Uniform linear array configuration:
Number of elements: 16
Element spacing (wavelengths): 0.75
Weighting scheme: kaiser
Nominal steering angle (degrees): -45
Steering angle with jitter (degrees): -45.96
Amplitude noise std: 0.05
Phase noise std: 0.05

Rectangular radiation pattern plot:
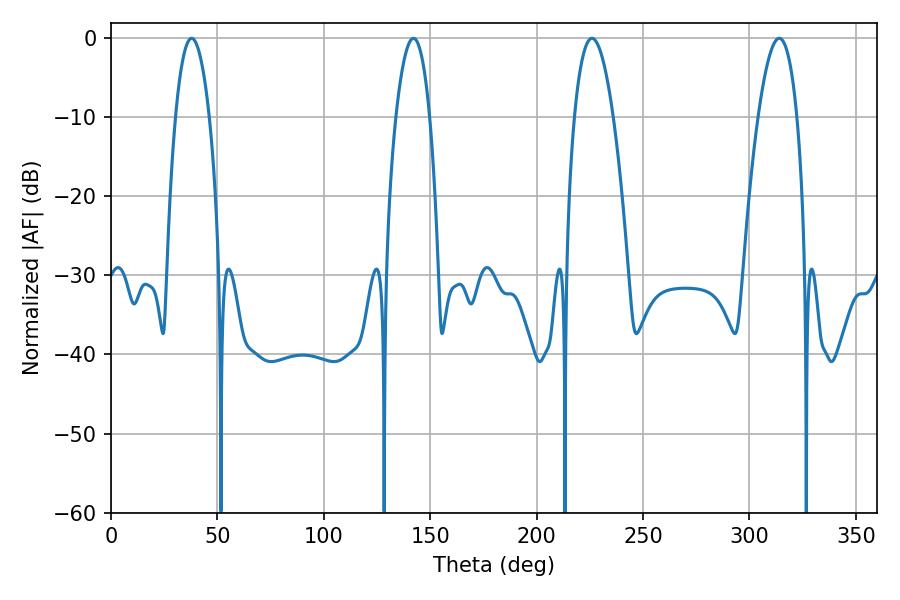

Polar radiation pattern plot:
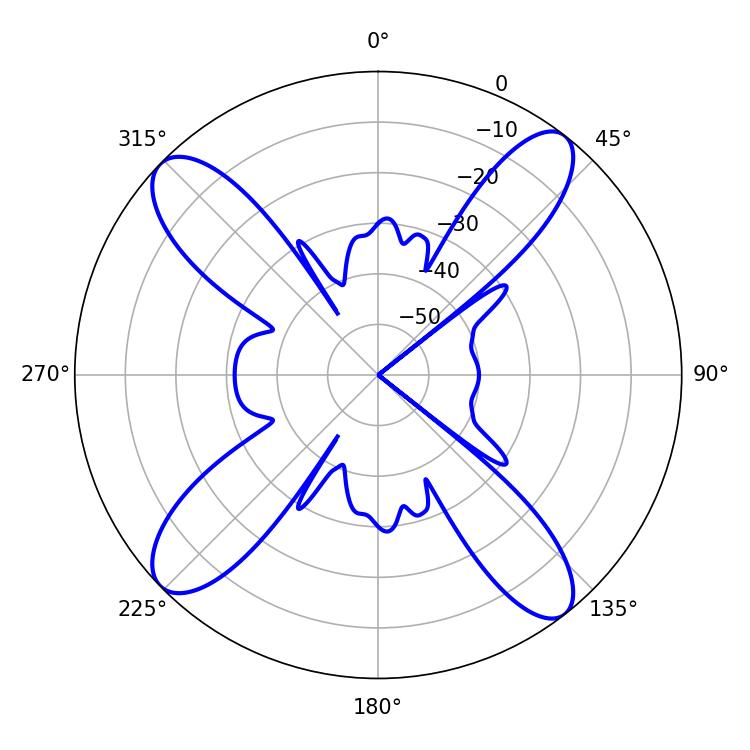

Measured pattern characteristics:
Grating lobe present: TRUE
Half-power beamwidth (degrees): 10.08
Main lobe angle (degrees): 226.08